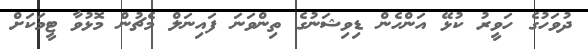
ދުވަހުގެ ހަވީރު ކުޅޭ އަންހެން ޑިވިޝަނުގެ ތިންވަނަ ފައިނަލް މެޗުން މޮޅުވާ ޓީމަކަށް